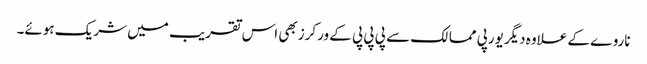
ناروے کے علاوہ دیگریورپی ممالک سے پی پی پی کے ورکرزبھی اس تقریب میں شریک ہوئے۔